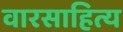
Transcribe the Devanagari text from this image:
वारसाहित्य